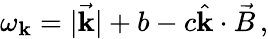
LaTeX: \omega_{\mathbf{k}}=|\vec{{\mathbf{k}}}|+b-c\hat{{\mathbf{k}}}\cdot\vec{{B}}\, ,